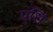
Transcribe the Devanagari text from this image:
पुशिं